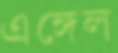
এঙ্গেল